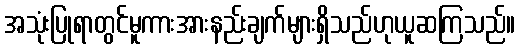
အသုံးပြုရာတွင်မူကားအားနည်းချက်များရှိသည်ဟုယူဆကြသည်။